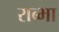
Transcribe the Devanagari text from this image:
राब्भा